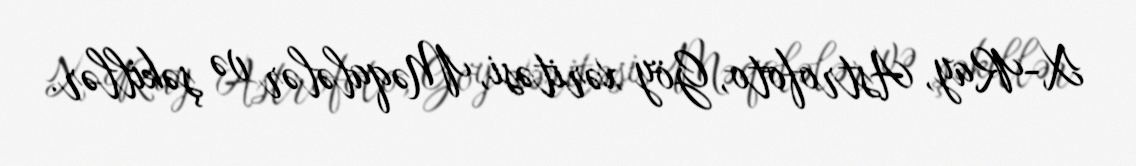
X-Ray, Astrofoto, Göy xəritəsi, Məqalələr və şəkillər.